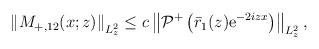
LaTeX: \begin{align*}\begin{aligned}\left\|M_{+,12}(x ; z)\right\|_{L_{ z}^{2}} \leq c \left\|\mathcal{P}^+\left(\bar{r}_1(z) \mathrm{e}^{-2iz x}\right)\right\|_{L_{z}^2},\end{aligned}\end{align*}